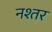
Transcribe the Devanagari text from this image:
नश्तर